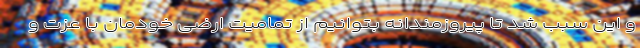
و این سبب شد تا پیروزمندانه بتوانیم از تمامیت ارضی خودمان با عزت و